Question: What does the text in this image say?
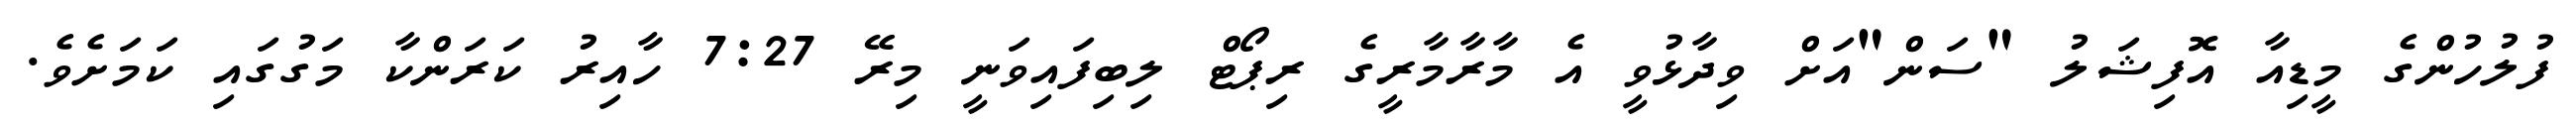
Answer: ފުލުހުންގެ މީޑިއާ އޮފިޝަލު "ސަން"އަށް ވިދާޅުވީ އެ މާރާމާރީގެ ރިޕޯޓް ލިބިފައިވަނީ މިރޭ 7:27 ހާއިރު ކަރަންކާ މަގުގައި ކަމަށެވެ.